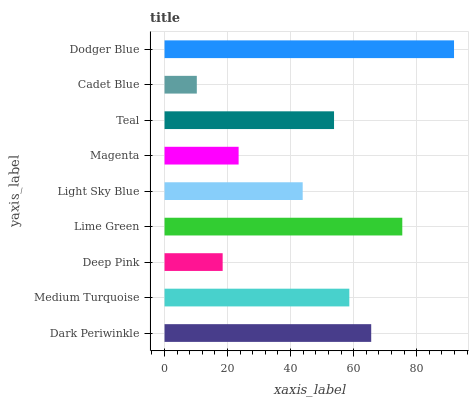
| yaxis_label | bars |
 | --- | --- |
 | Dark Periwinkle | 65.6 |
 | Medium Turquoise | 58.6 |
 | Deep Pink | 18.4 |
 | Lime Green | 75.4 |
 | Light Sky Blue | 43.8 |
 | Magenta | 23.5 |
 | Teal | 53.8 |
 | Cadet Blue | 10.2 |
 | Dodger Blue | 91.9 |